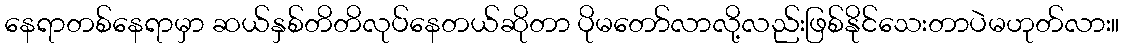
နေရာတစ်နေရာမှာ ဆယ်နှစ်တိတိလုပ်နေတယ်ဆိုတာ ပိုမတော်လာလို့လည်းဖြစ်နိုင်သေးတာပဲမဟုတ်လား။